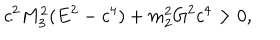
LaTeX: c ^ { 2 } M _ { 3 } ^ { 2 } ( E ^ { 2 } - c ^ { 4 } ) + m _ { 2 } ^ { 2 } G ^ { 2 } c ^ { 4 } > 0 ,